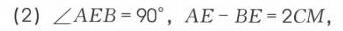
\((2)\ \angle AEB = 90^{\circ},AE - BE = 2CM,\)